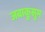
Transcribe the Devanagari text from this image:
जबाकुसुम